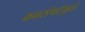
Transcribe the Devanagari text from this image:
वनसंपदेमुळे